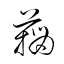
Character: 籀